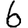
Digit: 6